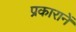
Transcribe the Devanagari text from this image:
प्रकारानें